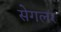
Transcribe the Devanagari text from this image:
सेगलर